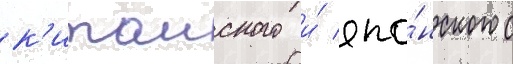
к'итаиского и́ япо́нского с